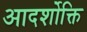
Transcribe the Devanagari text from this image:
आदर्शोक्ति